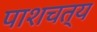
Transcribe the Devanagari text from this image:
पाशचत्य